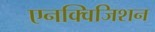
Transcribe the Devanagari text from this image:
एनक्विजिशन